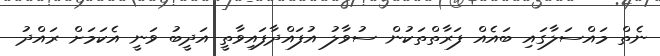
ނެތް މައްސަލާގައި ބައެއް ފަރާތްތަކުން ސުވާލު އުފައްދާފައިވާތީ އަދީބު ވަނީ އެކަމަށް ރައްދު